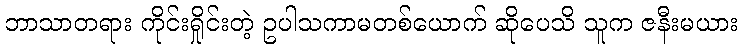
ဘာသာတရား ကိုင်းရှိုင်းတဲ့ ဥပါသကာမတစ်ယောက် ဆိုပေသိ သူက ဇနီးမယား